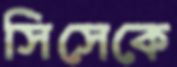
সিসেকে